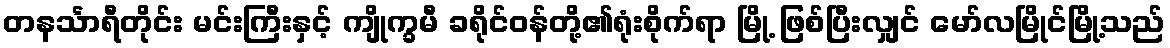
တနင်္သာရီတိုင်း မင်းကြီးနှင့် ကျိုက္ခမီ ခရိုင်ဝန်တို့၏ရုံးစိုက်ရာ မြို့ ဖြစ်ပြီးလျှင် မော်လမြိုင်မြို့သည်